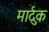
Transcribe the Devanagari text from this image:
मार्दुक